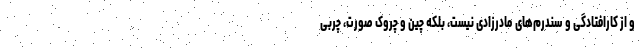
و از کارافتادگی و سندرم‌های مادرزادی نیست، بلکه چین و چروک صورت، چربی